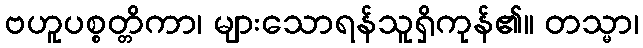
ဗဟူပစ္စတ္တိကာ၊ များသောရန်သူရှိကုန်၏။ တသ္မာ၊